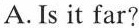
A. Is it far?